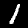
Digit: 1